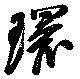
環